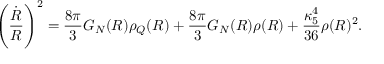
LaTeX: \left( { \frac { \dot { R } } { R } } \right) ^ { 2 } = { \frac { 8 \pi } { 3 } } G _ { N } ( R ) \rho _ { Q } ( R ) + { \frac { 8 \pi } { 3 } } G _ { N } ( R ) \rho ( R ) + { \frac { \kappa _ { 5 } ^ { 4 } } { 3 6 } } \rho ( R ) ^ { 2 } .